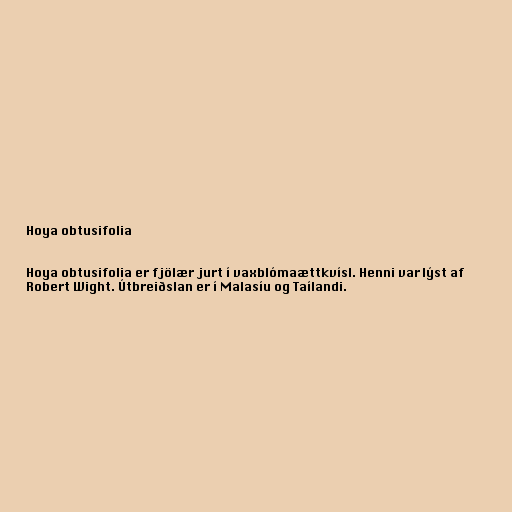
Hoya obtusifolia

Hoya obtusifolia er fjölær jurt í vaxblómaættkvísl. Henni var lýst af
Robert Wight. Útbreiðslan er í Malasíu og Taílandi.